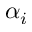
\alpha _ { i }